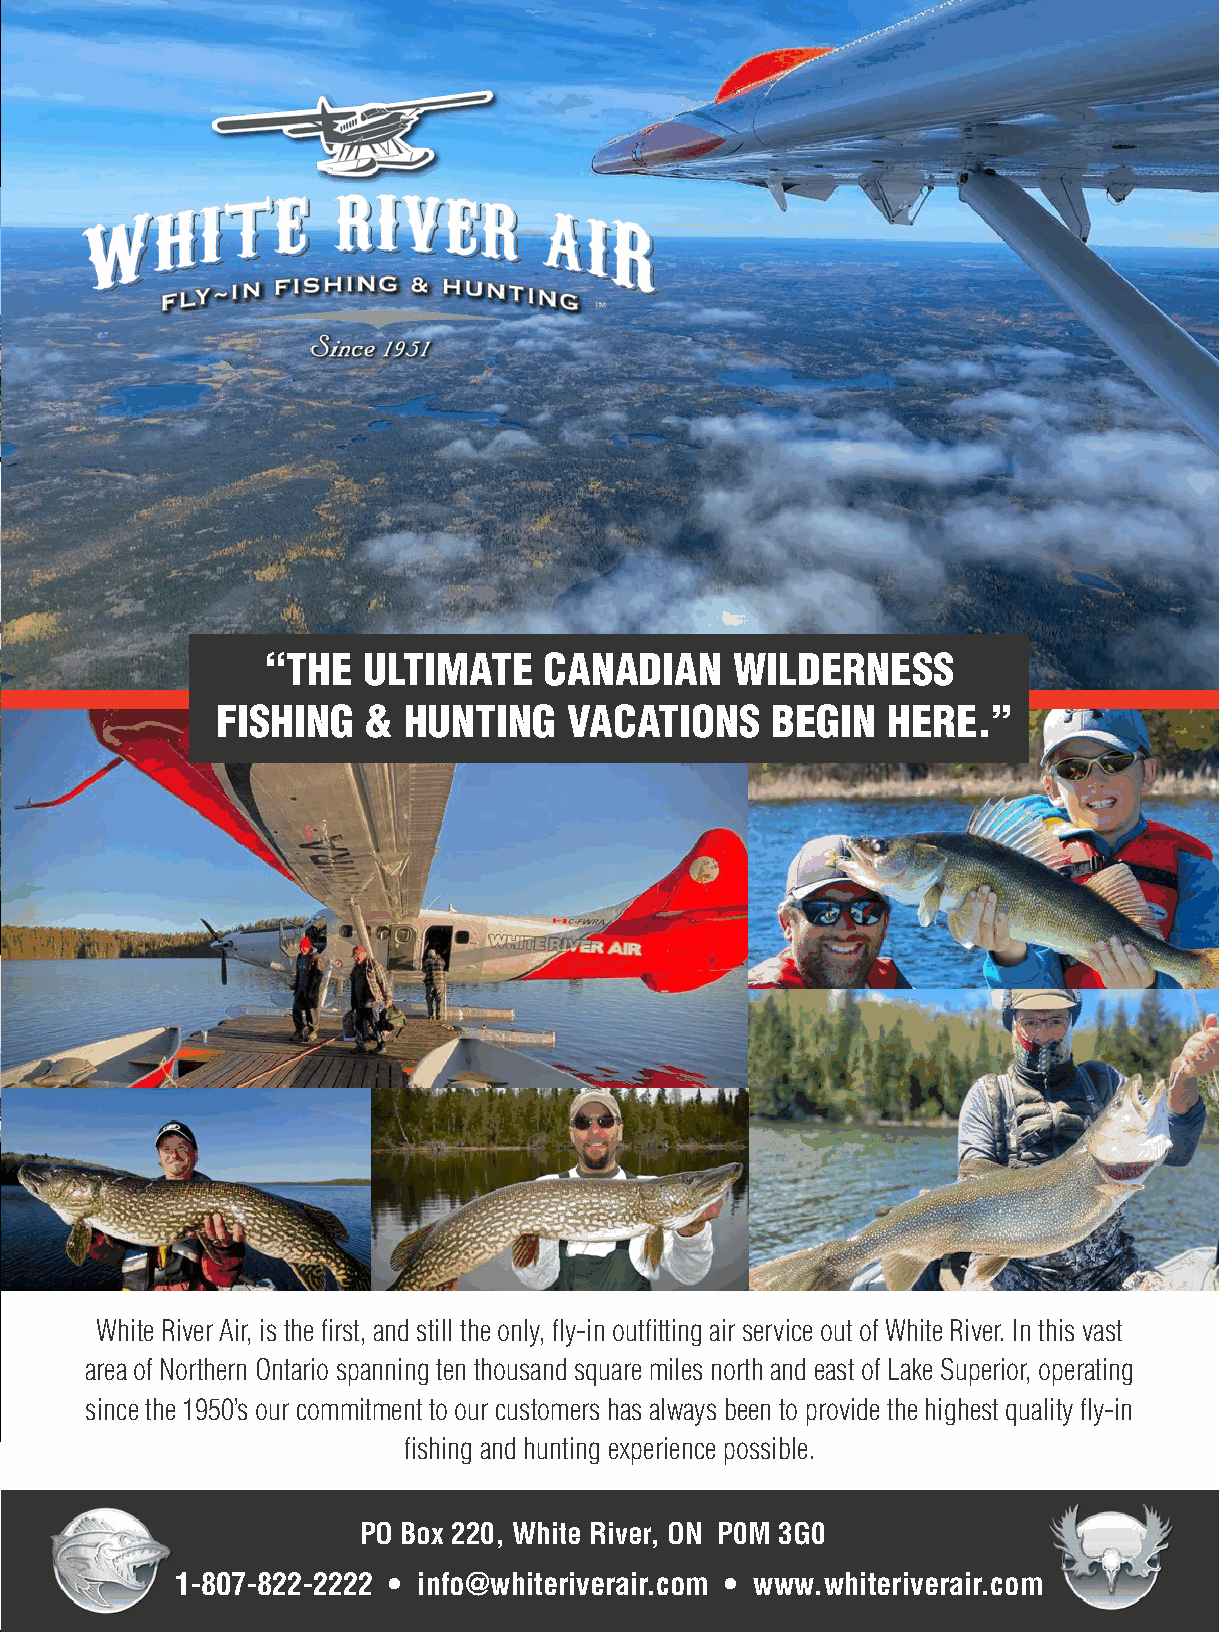
Visit us at blindriver.ca
 Stay Play Live
 BLIND RIVER
 O N T H E N O R T H S H O R E O F L A K E H U R O N
 “THE  ULTIMATE    CANADIAN     WILDERNESS
 FISHING   &  HUNTING    VACATIONS    BEGIN   HERE.”
 Culture • History • Events • Outdoor Recreation
 Blind River is a stunning community located on the world-renowned North Channel. It is a unique community with the benefit
 of highway as well as waterway gateways that lead you to art, history, recreation, and a year-round welcoming attitude! We
 love to share information that will connect you to the environment. Unplug and enjoy it!
 Our community is filled with year-round opportunities that will keep every age active. You’ll dodge battling hummingbirds
 all summer, singing frogs at sundown, and acorns during fall hikes. Our world-renowned cross-country ski pathways are White River Air, is the first, and still the only, fly-in outfitting air service out of White River. In this vast
 lined with chickadees singing in the sunshine; we challenge you not to smile. Our wetlands are filled with history, wildlife,
 area of Northern Ontario spanning ten thousand square miles north and east of Lake Superior, operating
 and education. We are also filled with year-round fishing, hiking, skiing, cycling (bring your snow tires to train off season!),
 ATV areas, and snowmobile trails for endless stretches. Our Downtown is filled with resilient businesses supported by their since the 1950’s our commitment to our customers has always been to provide the highest quality fly-in
 resilient community. Come and work, live, and play in a community eager to see new, friendly faces.
 fishing and hunting experience possible.
 PO Box 220, White River, ON P0M 3G0
 1-807-822-2222 • info@whiteriverair.com • www.whiteriverair.com